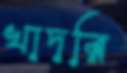
খাদরি